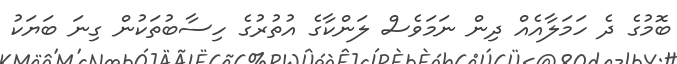
ބޮމުގެ ދެ ހަމަލާއެއް ދިން ނަމަވެސް ލަންކާގެ އުތުރުގެ ހިސާބުތަކުން ގިނަ ބަޔަކު